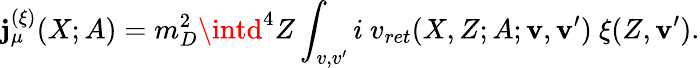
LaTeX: \mathbf{j}_{\mu}^{(\xi)}(X;A)=m_{D}^{2}\intd^{4}Z\int_{v,v^{\prime}}i\ v_{ret}(X,Z;A;{\mathbf{v}},{\mathbf{v}}^{\prime})\ \xi(Z,{\mathbf{v}}^{\prime}).